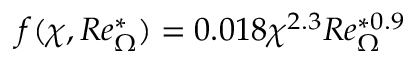
f ( \chi , R e _ { \Omega } ^ { * } ) = 0 . 0 1 8 \chi ^ { 2 . 3 } R e _ { \Omega } ^ { * 0 . 9 }